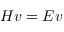
H v = E v